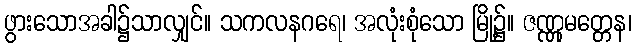
ဖွားသောအခါ၌သာလျှင်။ သကလနဂရေ၊ အလုံးစုံသော မြို့၌။ ဇဏ္ဏုမတ္တေန၊